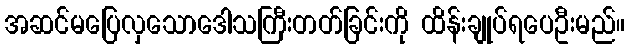
အဆင်မပြေလှသောဒေါသကြီးတတ်ခြင်းကို ထိန်းချုပ်ရပေဦးမည်။